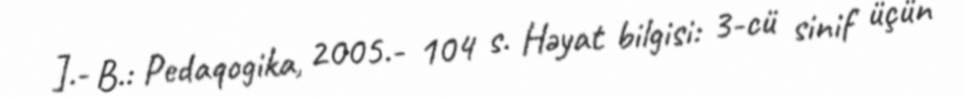
].- B.: Pedaqogika, 2005.- 104 s. Həyat bilgisi: 3-cü sinif üçün